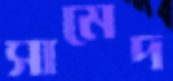
সামেদ